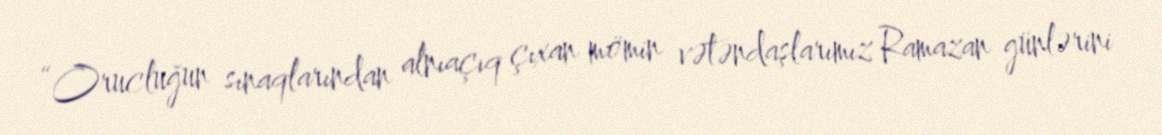
“Orucluğun sınaqlarından alnıaçıq çıxan mömin vətəndaşlarımız Ramazan günlərini